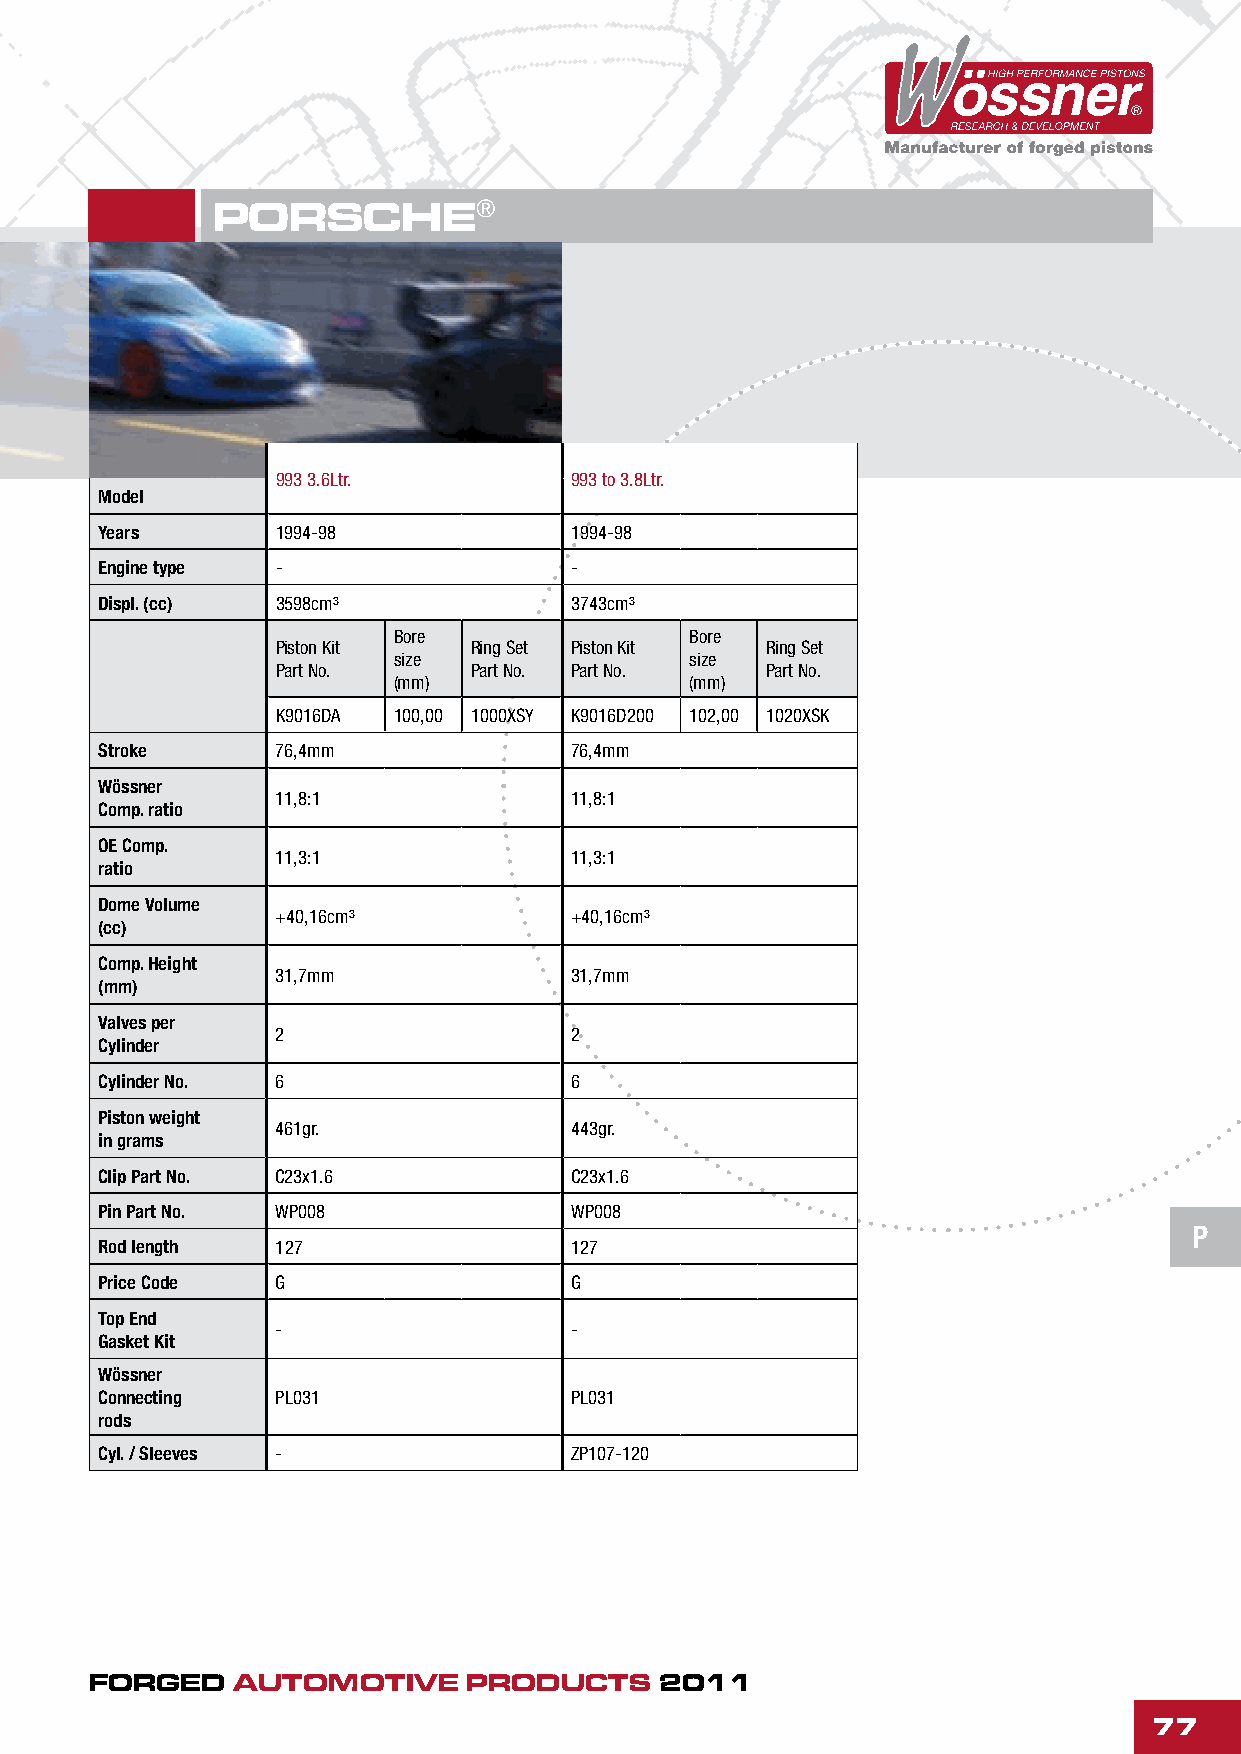
PORSCHE®
 993 3.6Ltr.         993 to 3.8Ltr.
 Model
 Years      1994-98             1994-98
 Engine type -                  -
 Displ. (cc) 3598cm³            3743cm³
 Bore                Bore
 Piston Kit   Ring Set Piston Kit Ring Set
 size                size
 Part No.     Part No. Part No.   Part No.
 (mm)                (mm)
 K9016DA 100,00 1000XSY K9016D200 102,00 1020XSK
 Stroke      76,4mm              76,4mm
 Wössner
 11,8:1              11,8:1
 Comp. ratio
 OE Comp.
 11,3:1              11,3:1
 ratio
 Dome Volume
 +40,16cm³           +40,16cm³
 (cc)
 Comp. Height
 31,7mm              31,7mm
 (mm)
 Valves per
 2                   2
 Cylinder
 Cylinder No. 6                  6
 Piston weight
 461gr.              443gr.
 in grams
 Clip Part No. C23x1.6           C23x1.6
 Pin Part No. WP008              WP008
 P
 Rod length  127                 127
 Price Code  G                   G
 Top End
 -                   -
 Gasket Kit
 Wössner
 Connecting  PL031               PL031
 rods
 Cyl. / Sleeves -                ZP107-120
 FORGED   AUTOMOTIVE      PRODUCTS     2011
 77